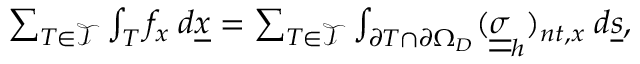
\begin{array} { r } { \sum _ { T \in \mathcal { T } } \int _ { T } f _ { x } \: d \underline { { x } } = \sum _ { T \in \mathcal { T } } \int _ { \partial T \cap \partial \Omega _ { D } } ( \underline { { \underline { { \sigma } } } } _ { h } ) _ { n t , x } \: d \underline { { s } } , } \end{array}